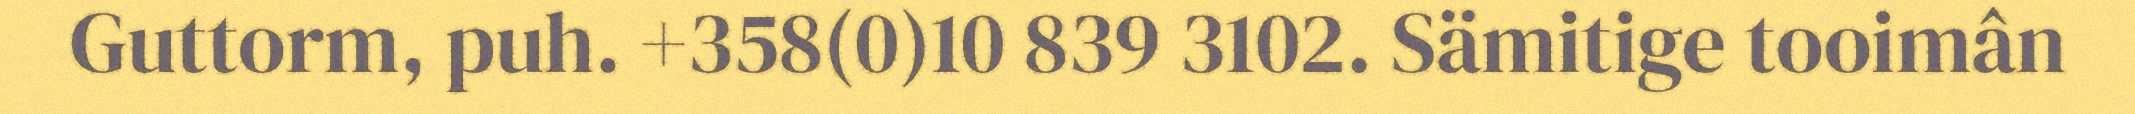
Guttorm, puh. +358(0)10 839 3102. Sämitige tooimân